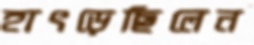
হাৎড়েছিলেন